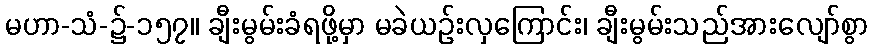
မဟာ-သံ-၌-၁၅၇။ ချီးမွမ်းခံရဖို့မှာ မခဲယဉ်းလှကြောင်း၊ ချီးမွမ်းသည်အားလျော်စွာ